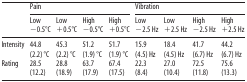
| <ROWSPAN=2>  | <COLSPAN=4> Pain | <COLSPAN=4> Vibration |
 | Low −0.5°C | Low +0.5°C | High −0.5°C | High +0.5°C | Low −2.5 Hz | Low +2.5 Hz | High −2.5 Hz | High +2.5 Hz |
 | --- | --- | --- | --- | --- | --- | --- | --- | --- |
 | Intensity | 44.8 | 45.3 | 51.2 | 51.7 | 15.9 | 18.4 | 41.7 | 44.2 |
 |  | (2.2) °C | (2.2) °C | (1.9) °C | (1.9) °C | (4.5) Hz | (4.5) Hz | (6.7) Hz | (6.7) Hz |
 | Rating | 28.5 | 28.8 | 63.7 | 67.4 | 22.3 | 27.0 | 72.5 | 75.6 |
 |  | (12.2) | (18.9) | (17.9) | (17.5) | (8.4) | (10.4) | (11.8) | (13.3) |